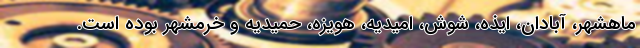
ماهشهر، آبادان، ایذه، شوش، امیدیه، هویزه، حمیدیه و خرمشهر بوده است.